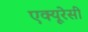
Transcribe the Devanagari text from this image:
एक्‍यूरेसी